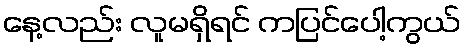
နေ့လည်း လူမရှိရင် ကပြင်ပေါ့ကွယ်